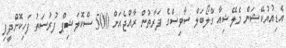
އެޑިއުޔުކޭޝަން މެލޭޝިއާ ގްލޯބަލް ސާވިސްގެ ފަރާތުން ރާއްޖެއަށް 500 ސްކޮލަޝިޕް ފުރުސަތު ފަހިކޮށްދީފި